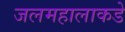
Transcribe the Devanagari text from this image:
जलमहालाकडे